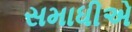
સમાધીએ